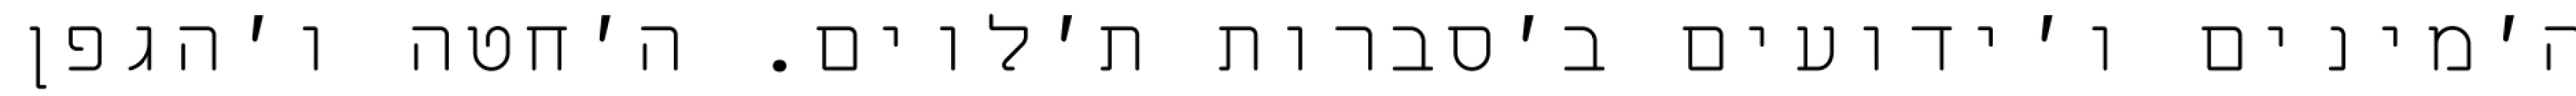
ה׳מינים ו׳ידועים ב׳סברות ת׳לוים. ה׳חטה ו׳הגפן